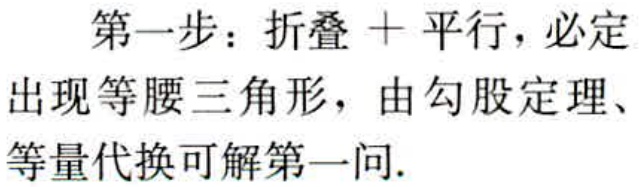
第一步：折叠 + 平行，必定

出现等腰三角形，由勾股定理、

等量代换可解第一问.